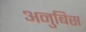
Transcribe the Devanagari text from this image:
अनुबिस